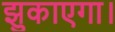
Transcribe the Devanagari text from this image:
झुकाएगा।